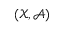
( { \mathcal { X } } , { \mathcal { A } } )